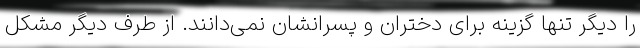
را دیگر تنها گزینه برای دختران و پسرانشان نمی‌دانند. از طرف دیگر مشکل